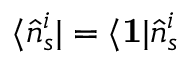
\langle \hat { n } _ { s } ^ { i } | = \langle \mathbf { 1 } | \hat { n } _ { s } ^ { i }